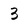
Character: 3